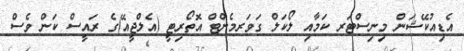
އެޑިއުކޭޝަން މިނިސްޓަރ ކަމާއި ލޯކަލް ގަވަރމެންޓް އޮތޯރިޓީ (އެލްޖީއޭ)ގެ ރައީސް ކަން ވެސް